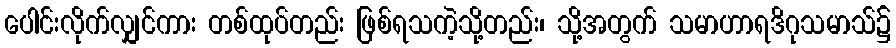
ပေါင်းလိုက်လျှင်ကား တစ်ထုပ်တည်း ဖြစ်ရသကဲ့သို့တည်း၊ သို့အတွက် သမာဟာရဒိဂုသမာသ်၌